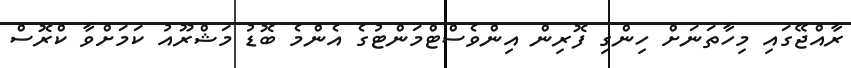
ރާއްޖޭގައި މިހާތަނަށް ހިންގި ފޮރިން އިންވެސްޓްމަންޓުގެ އެންމެ ބޮޑު މަޝްރޫއު ކަމަށްވާ ކްރޮސް